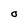
Character: O